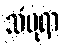
သံပုရာ